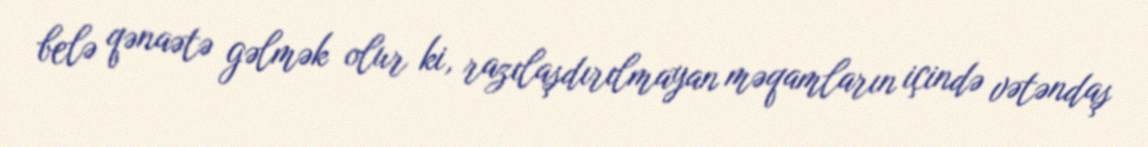
belə qənaətə gəlmək olur ki, razılaşdırılmayan məqamların içində vətəndaş